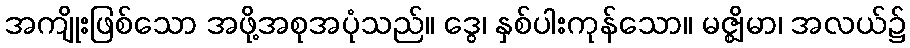
အကျိုးဖြစ်သော အဖို့အစုအပုံသည်။ ဒွေ၊ နှစ်ပါးကုန်သော။ မဇ္ဈိမာ၊ အလယ်၌